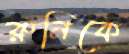
রুনিকে